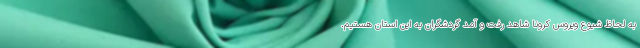
به لحاظ شیوع ویروس کرونا شاهد رفت و آمد گردشگران به این استان هستیم.